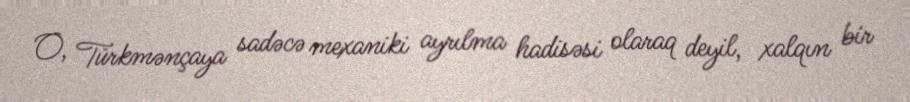
O, Türkmənçaya sadəcə mexaniki ayrılma hadisəsi olaraq deyil, xalqın bir